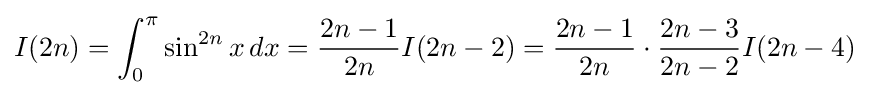
I(2n)=\int _{0}^{\pi }\sin ^{2n}x\,dx={\frac {2n-1}{2n}}I(2n-2)={\frac {2n-1}{2n}}\cdot {\frac {2n-3}{2n-2}}I(2n-4)